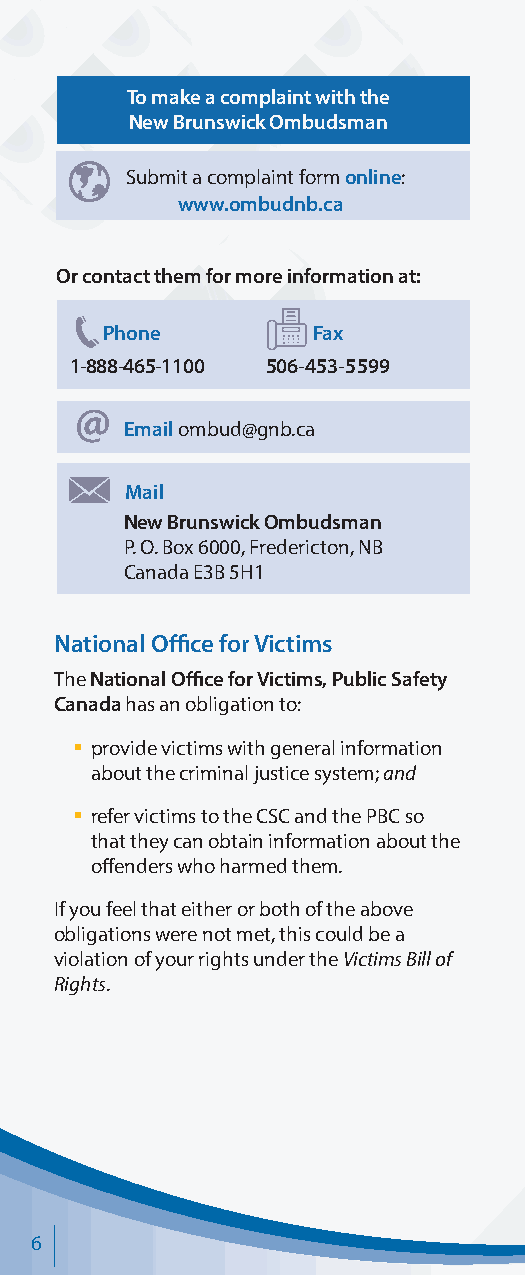
To make a complaint with the
 New Brunswick Ombudsman
 Submit a complaint form online:
 www.ombudnb.ca
 Or contact them for more information at:
 Phone         Fax
 1-888-465-1100 506-453-5599
 Email ombud@gnb.ca
 Mail
 New Brunswick Ombudsman
 P. O. Box 6000, Fredericton, NB
 Canada E3B 5H1
 National Office for Victims
 The National Office for Victims, Public Safety
 Canada has an obligation to:
 § p rovide victims with general information
 about the criminal justice system; and
 § r efer victims to the CSC and the PBC so
 that they can obtain information about the
 offenders who harmed them.
 If you feel that either or both of the above
 obligations were not met, this could be a
 violation of your rights under the Victims Bill of
 Rights.
 6